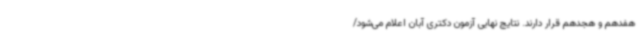
هفدهم و هجدهم قرار دارند. نتایج نهایی آزمون دکتری آبان اعلام می‌شود/